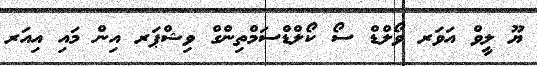
ޔޫ ލީވް އަވަރ ވޯލްޑް ސޯ ކޯލްޑްސަމްތިންގް ވިޝްޕަރ އިން މައި އިއަރ